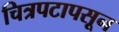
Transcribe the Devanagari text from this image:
चित्रपटापसून